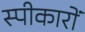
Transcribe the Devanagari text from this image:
स्पीकारों